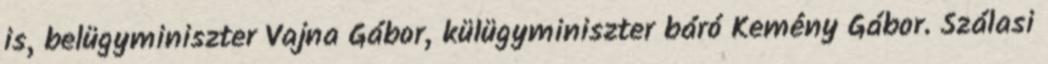
is, belügyminiszter Vajna Gábor, külügyminiszter báró Kemény Gábor. Szálasi